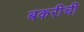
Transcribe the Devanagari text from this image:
बकरीची